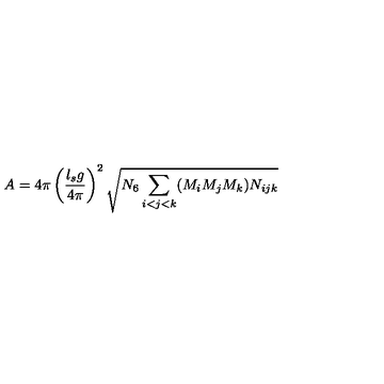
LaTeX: A = 4 \pi \left( { \frac { l _ { s } g } { 4 \pi } } \right) ^ { 2 } \sqrt { N _ { 6 } \sum _ { i < j < k } ( M _ { i } M _ { j } M _ { k } ) N _ { i j k } }